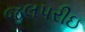
જલપરીઇ